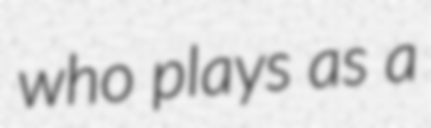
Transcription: who plays as a